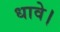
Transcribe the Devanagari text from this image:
धावे।